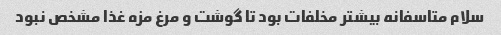
سلام متاسفانه بیشتر مخلفات بود تا گوشت و مرغ مزه غذا مشخص نبود